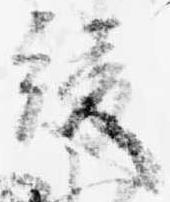
綾